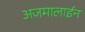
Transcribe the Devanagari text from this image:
अजमालाईन